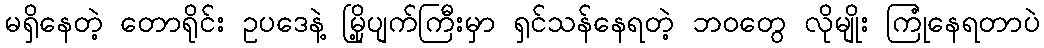
မရှိနေတဲ့ တောရိုင်း ဥပဒေနဲ့ မြို့ပျက်ကြီးမှာ ရှင်သန်နေရတဲ့ ဘဝတွေ လိုမျိုး ကြုံနေရတာပဲ